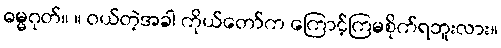
ဓမ္မဂုတ်။ ။ ဝယ်တဲ့အခါ ကိုယ်တော်က ကြောင့်ကြမစိုက်ရဘူးလား။